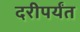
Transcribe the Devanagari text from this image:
दरीपर्यंत